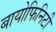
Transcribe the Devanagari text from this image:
बायोफिनिटी